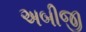
અબીજી